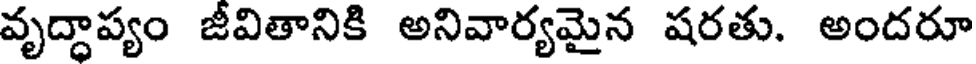
వృద్దాప్యం జీవితానికి అనివార్యమైన షరతు. అందరూ